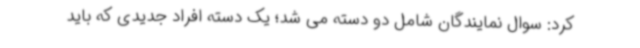
کرد: سوال نمایندگان شامل دو دسته می شد؛ یک دسته افراد جدیدی که باید